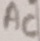
Text: AC